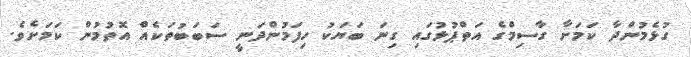
ގުޅެމުންދާ ކަމަށާ ގާސިމްގެ އަތްޕުޅުގައި ގިނަ ބަޔަކު ހިފަމުންދަނީ ސަބަބުތަކެއް އޮތުމުން ކަމަށެވެ.